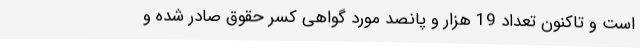
است و تاکنون تعداد 19 هزار و پانصد مورد گواهی کسر حقوق صادر شده و